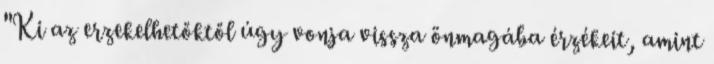
"Ki az erzekelhetőktől úgy vonja vissza önmagába érzékeit, amint